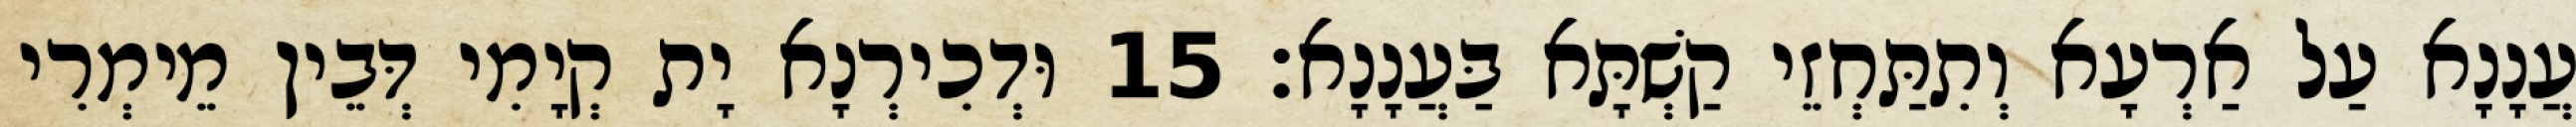
עֲנָנָא עַל אַרְעָא וְתִתַּחְזֵי קַשְׁתָּא בַּעֲנָנָא׃ 15 וּדְכִירְנָא יָת קְיָמִי דְּבֵין מֵימְרִי